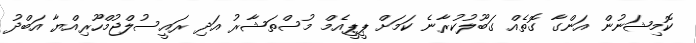
ކޮމިޝަނުން އަންގާ ގޮތެއް ގަބޫލުކުރާނެ ކަމަށް ޕީޕީއެމް މުސްތަޝާރު އަދި ރައީސުލްޖުމްހޫރިއްޔާ އަބްދު